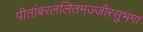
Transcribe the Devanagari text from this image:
पीतांबरललितमज्जीरसुभगा